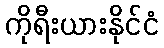
ကိုရီးယားနိုင်ငံ